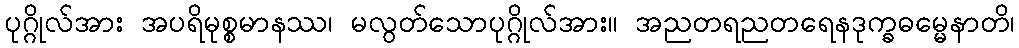
ပုဂ္ဂိုလ်အား အပရိမုစ္စမာနဿ၊ မလွတ်သောပုဂ္ဂိုလ်အား။ အညတရညတရေနဒုက္ခဓမ္မေနာတိ၊